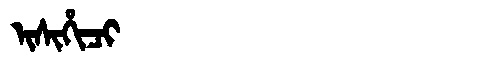
Manchu: ᡳᠰᡳᡥᡳᠴᡳ
Romanization: ISIHICI